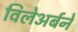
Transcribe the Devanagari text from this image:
विलेअर्बने